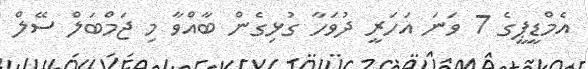
އެމްޑީޕީގެ 7 ވަނަ އަހަރީ ދުވަހާ ގުޅިގެން ބާއްވާ މި ޖަމްބަލް ސޭލް